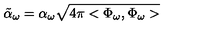
\tilde { \alpha } _ { \omega } = \alpha _ { \omega } \sqrt { 4 \pi < \Phi _ { \omega } , \Phi _ { \omega } > }